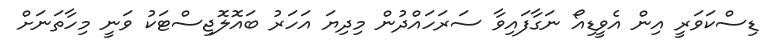
ޑިސްކަވަރީ އިން އެވީޑިއޯ ނަގާފައިވާ ސަރަހައްދުން މިދިޔަ އަހަރު ބައޮލޮޖިސްޓަކު ވަނީ މިހާތަނަށް